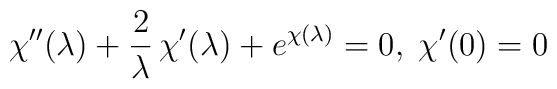
\chi''(\lambda) + {2 \over \lambda} \, \chi'(\lambda) +e^{\chi(\lambda)} = 0 ,  \; \chi'(0) = 0